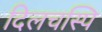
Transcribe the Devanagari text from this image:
दिलचस्पि